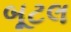
બૂટલ